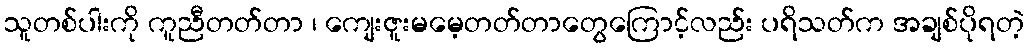
သူတစ်ပါးကို ကူညီတတ်တာ ၊ ကျေးဇူးမမေ့တတ်တာတွေကြောင့်လည်း ပရိသတ်က အချစ်ပိုရတဲ့